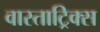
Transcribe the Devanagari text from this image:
वास्ताट्रिक्स